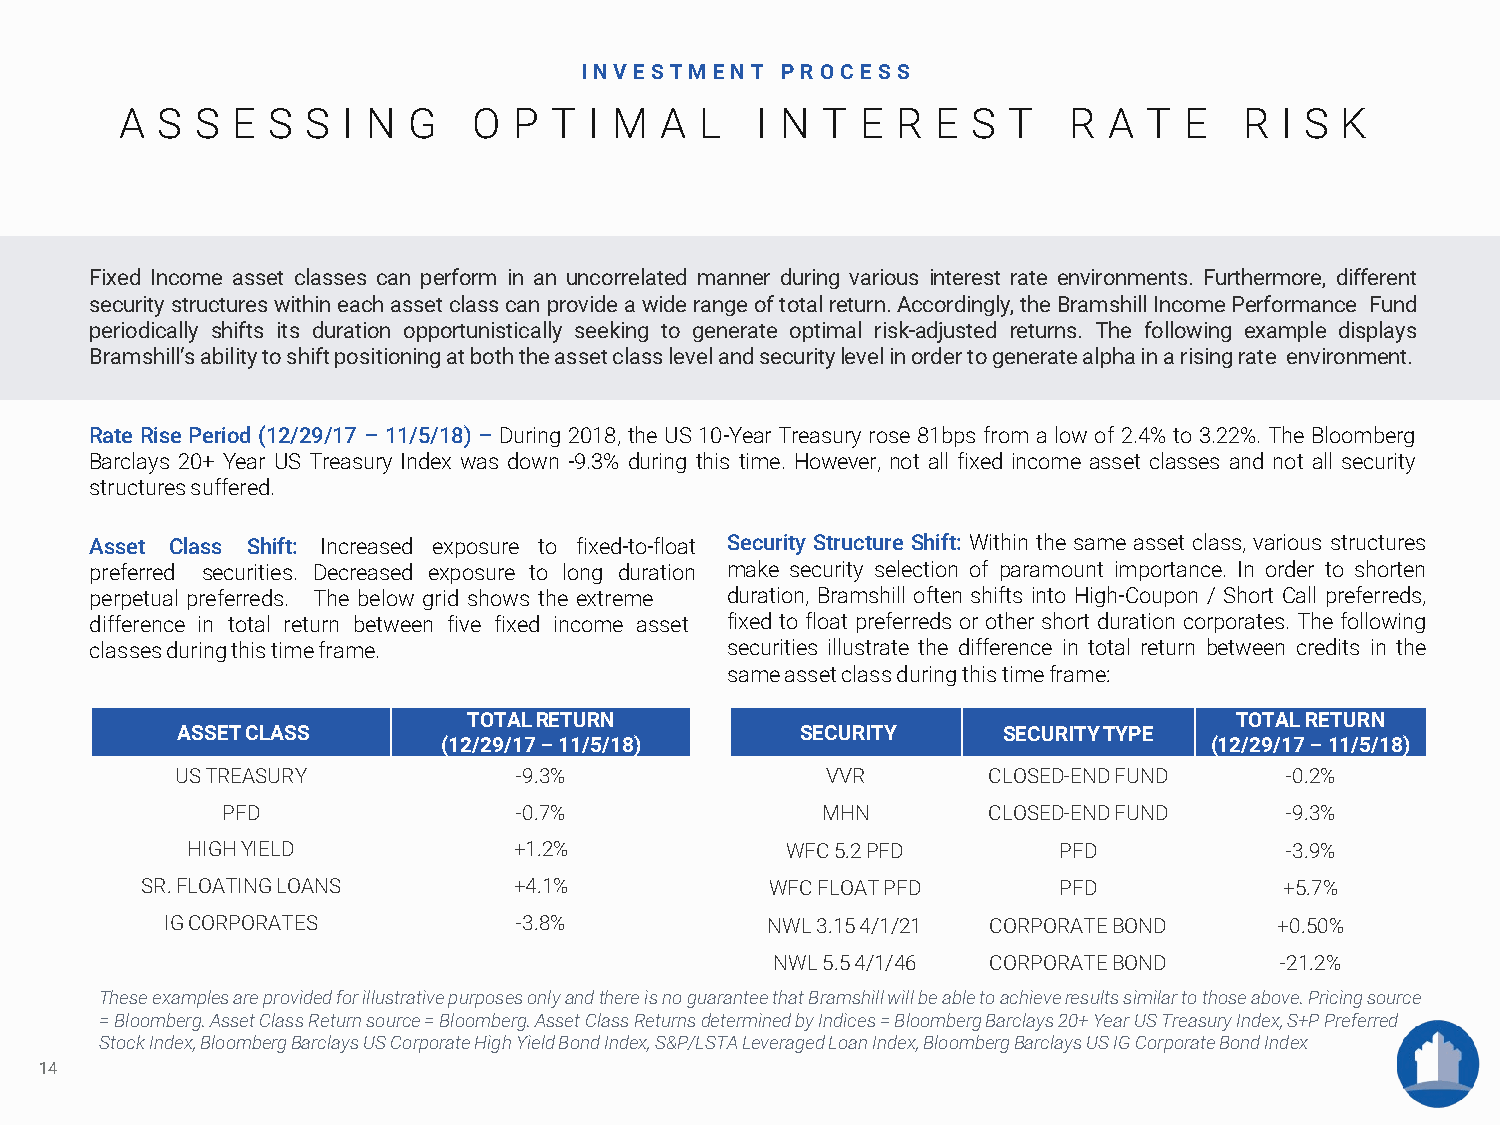
INVESTM  ENT  P R OCE SS
 A S  S E  S S  I N G   O  P T  I M  A L   I N T  E R  E S  T   R A  T E   R  I S K
 Fixed Income asset classes can perform in an uncorrelated manner during various interest rate environments. Furthermore, different
 securitystructureswithineachassetclasscanprovideawiderangeoftotalreturn.Accordingly,theBramshillIncomePerformance Fund
 periodically shifts its duration opportunistically seeking to generate optimal risk-adjusted returns. The following example displays
 Bramshill’sabilitytoshiftpositioningatboththeassetclasslevelandsecuritylevelinordertogeneratealphainarisingrate environment.
 Rate Rise Period (12/29/17 – 11/5/18) – During 2018, the US 10-Year Treasury rose 81bps from a low of 2.4% to 3.22%. The Bloomberg
 Barclays 20+ Year US Treasury Index was down -9.3% during this time. However, not all fixed income asset classes and not all security
 structuressuffered.
 Asset Class Shift: Increased exposure to fixed-to-float Security Structure Shift: Within the same asset class, various structures
 preferred securities. Decreased exposure to long duration make security selection of paramount importance. In order to shorten
 perpetual preferreds. The below grid shows the extreme duration, Bramshill often shifts into High-Coupon / Short Call preferreds,
 difference in total return between five fixed income asset fixed to float preferreds or other short duration corporates. The following
 classes duringthis timeframe.             securities illustrate the difference in total return between credits in the
 sameassetclassduringthistimeframe:
 TOTALRETURN                                        TOTAL RETURN
 ASSETCLASS                               SECURITY     SECURITYTYPE
 (12/29/17–11/5/18)                                 (12/29/17–11/5/18)
 USTREASURY            -9.3%                VVR       CLOSED-ENDFUND      -0.2%
 PFD                -0.7%               MHN        CLOSED-ENDFUND      -9.3%
 HIGHYIELD             +1.2%             WFC5.2PFD         PFD            -3.9%
 SR.FLOATINGLOANS         +4.1%            WFCFLOATPFD        PFD            +5.7%
 IGCORPORATES           -3.8%            NWL3.154/1/21  CORPORATEBOND      +0.50%
 NWL5.54/1/46   CORPORATEBOND      -21.2%
 These examplesare providedforillustrativepurposesonlyandthere isnoguaranteethatBramshillwillbeabletoachieveresultssimilartothoseabove.Pricingsource
 =Bloomberg.AssetClassReturnsource =Bloomberg.AssetClassReturnsdeterminedbyIndices=BloombergBarclays20+YearUSTreasuryIndex,S+PPreferred
 StockIndex,BloombergBarclaysUS Corporate HighYieldBondIndex,S&P/LSTALeveragedLoanIndex,BloombergBarclaysUSIGCorporateBondIndex
 14